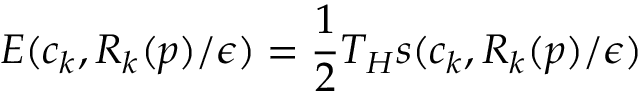
E ( c _ { k } , R _ { k } ( p ) / \epsilon ) = \frac 1 2 T _ { H } s ( c _ { k } , R _ { k } ( p ) / \epsilon ) ~ ~